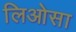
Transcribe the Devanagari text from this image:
लिओसा